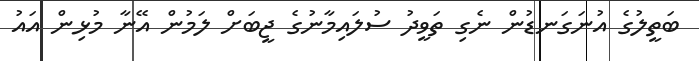
ބަތީލުގެ އުނަގަނޑުން ނެގި ތަވީދު ސުލައިމާނުގެ ޖީބަށް ލަމުން އޭނާ މުޅިން އައު